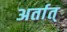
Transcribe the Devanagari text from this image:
अर्तात्